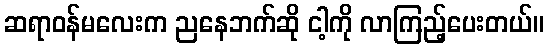
ဆရာဝန်မလေးက ညနေဘက်ဆို ငါ့ကို လာကြည့်ပေးတယ်။